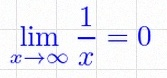
\lim_{x\to\infty}\frac{1}{x}=0